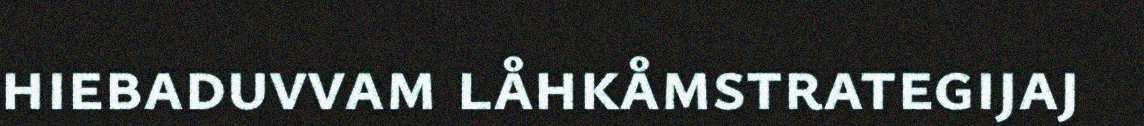
hiebaduvvam låhkåmstrategijaj